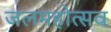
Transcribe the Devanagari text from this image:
जलमहोत्सव